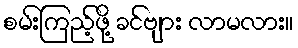
စမ်းကြည့်ဖို့ ခင်ဗျား လာမလား။